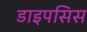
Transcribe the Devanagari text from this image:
डाइपसिस